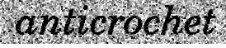
anticrochet